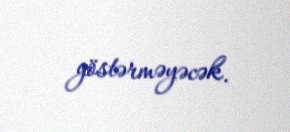
göstərməyəcək.